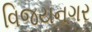
વિજયનગર